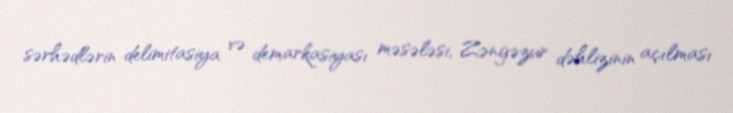
sərhədlərin delimitasiya və demarkasiyası məsələsi, Zəngəzur dəhlizinin açılması